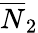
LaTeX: \overline{{N}}_{2}